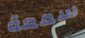
سمعة